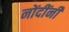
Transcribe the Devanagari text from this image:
नोंदींनी